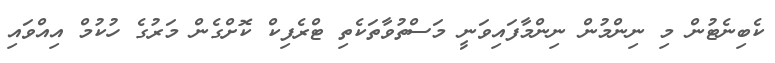
ކެބިނެޓުން މި ނިންމުން ނިންމާފައިވަނީ މަސްތުވާތަކެތި ޓްރެފިކް ކޮށްގެން މަރުގެ ހުކުމް އިއްވައި